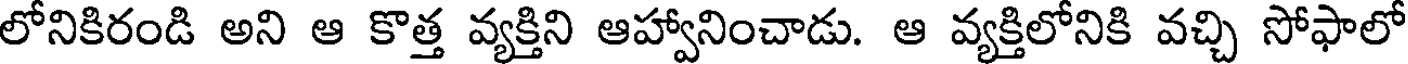
లోనికిరండి అని ఆ కొత్త వ్యక్తిని ఆహ్వానించాడు. ఆ వ్యక్తిలోనికి వచ్చి సోఫాలో